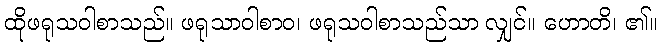
ထိုဖရုသဝါစာသည်။ ဖရုသာဝါစာဝ၊ ဖရုသဝါစာသည်သာ လျှင်။ ဟောတိ၊ ၏။